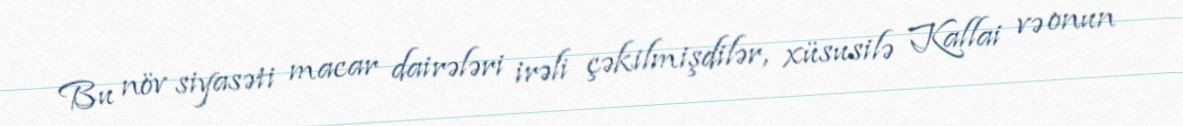
Bu növ siyasəti macar dairələri irəli çəkilmişdilər, xüsusilə Kallai və onun